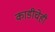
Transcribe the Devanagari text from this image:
काडीचेही